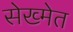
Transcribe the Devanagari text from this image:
सेख्मेत